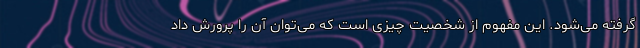
گرفته می‌شود. این مفهوم از شخصیت چیزی است که می‌توان آن را پرورش داد